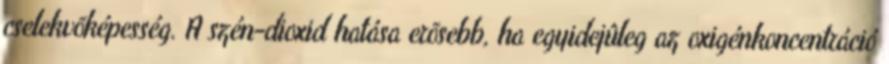
cselekvõképesség. A szén-dioxid hatása erõsebb, ha egyidejûleg az oxigénkoncentráció